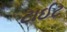
ટાઈટ